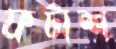
ফটাশ